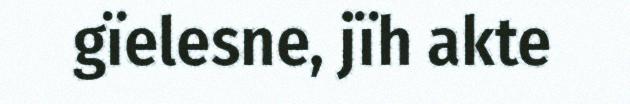
gïelesne, jïh akte